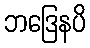
ဘဒြေနပိ